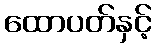
ထောပတ်နှင့်